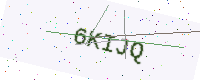
Text: 6KIJQ